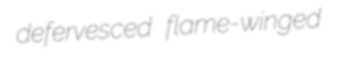
defervesced flame-winged